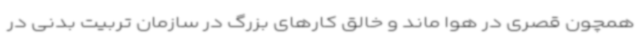
همچون قصری در هوا ماند و خالق کارهای بزرگ در سازمان تربیت بدنی در